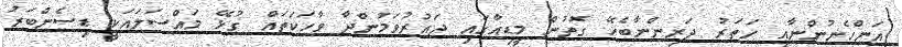
އަންހެނުންނާއި ހަތަރު ދަރިންނާބެހޭ ގޮތުން މީޑިއާގައި ދައުރުވަމުންދާ ވާހަކަތައް ގުޅޭ މައްސަލައަކީ ޑިސެންބަރު